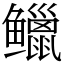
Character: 𫚭